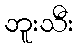
ဘူးသီး